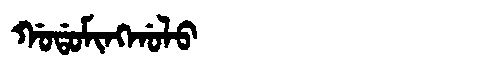
Manchu: ᡤᠣᡩᠣᠮᡳᠩᡤᠣᠯᠣ
Romanization: GODOMINGGOLO